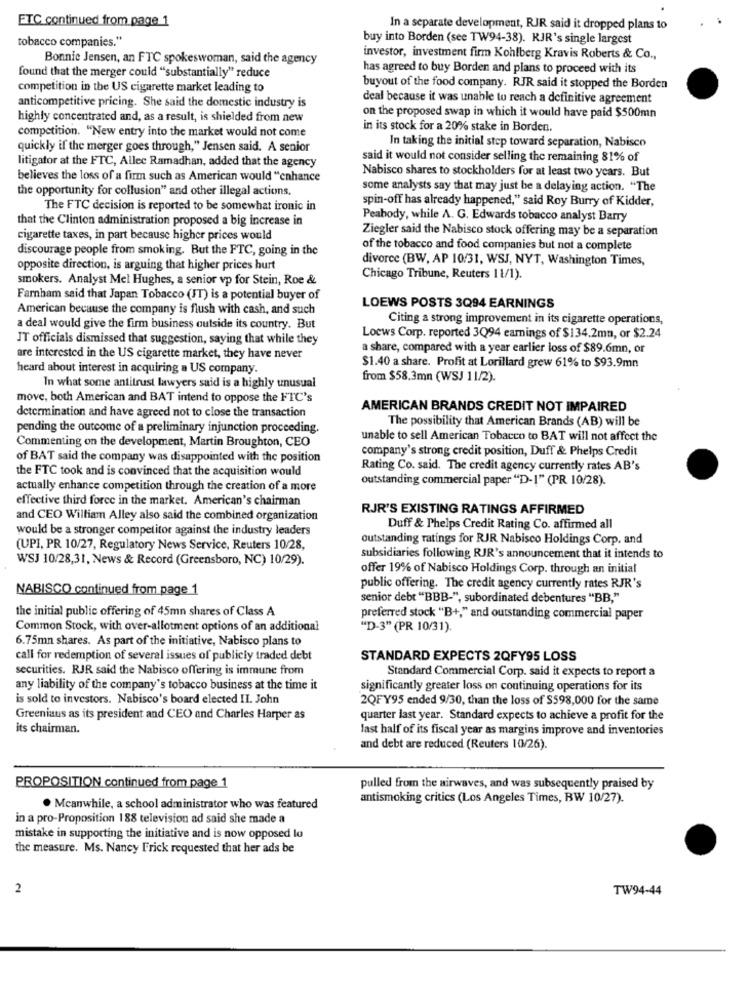
ETC continued from page 1
In a separate development, RJR said it dropped plans to
tobacco companies."
buy into Borden (see TW94-38). RJR's single largest
Bonnie Jensen, an FTC spokeswoman, said the agency
investor, investment firm Kohlberg Kravis Roberts & Co .,
found that the merger could "substantially" reduce
has agreed to buy Borden and plans to proceed with its
competition in the US cigarette market leading to
buyout of the food company. RJR said it stopped the Borden
anticompetitive pricing. She said the domestic industry is
deal because it was unable to reach a definitive agreement
highly concentrated and, as a result, is shielded from new
on the proposed swap in which it would have paid $500mn
competition. "New entry into the market would not come
in its stock for a 20% stake in Borden.
In taking the initial step toward separation, Nabisco
quickly if the merger goes through," Jensen said. A senior
litigator at the FTC, Allec Ramadhan, added that the agency
said it would not consider selling the remaining 81% of
Nabisco shares to stockholders for at least two years. But
believes the loss of a firm such as American would "enhance
the opportunity for collusion" and other illegal actions.
some analysts say that may just be a delaying action. "The
spin-off has already happened," said Roy Burry of Kidder,
The FTC decision is reported to be somewhat ironic in
that the Clinton administration proposed a big increase in
Peabody, while A. G. Edwards tobacco analyst Barry
Ziegler said the Nabisco stock offering may be a separation
cigarette taxes, in part because higher prices would
discourage people from smoking. But the FTC, going in the
of the tobacco and food companies but not a complete
divorce (BW, AP 10/31, WSJ, NYT, Washington Times,
opposite direction, is arguing that higher prices hurt
smokers. Analyst Mel Hughes, a senior vp for Stein, Roe &
Chicago Tribune, Reuters 11/1).
Farnham said that Japan Tobacco (IT) is a potential buyer of
American because the company is flush with cash, and such
LOEWS POSTS 3Q94 EARNINGS
Citing a strong improvement in its cigarette operations,
a deal would give the firm business outside its country. But
JT officials dismissed that suggestion, saying that while they
Loews Corp. reported 3Q94 earnings of $134.2mm, or $2.24
a share, compared with a year earlier loss of $89.6mn, or
are interested in the US cigarette market, they have never
heard about interest in acquiring a US company.
$1.40 a share. Profit at Lorillard grew 61% to $93.9mn
from $58.3mn (WSJ 11/2).
In what some antitrust lawyers said is a highly unusual
move, both American and BAT intend to oppose the FTC's
AMERICAN BRANDS CREDIT NOT IMPAIRED
determination and have agreed not to close the transaction
pending the outcome of a preliminary injunction proceeding.
The possibility that American Brands (AB) will be
Commenting on the development, Martin Broughton, CEO
unable to sell American Tobacco to BAT will not affect the
company's strong credit position, Duff & Phelps Credit
of BAT said the company was disappointed with the position
the FTC took and is convinced that the acquisition would
Rating Co. said. The credit agency currently rates AB's
outstanding commercial paper "D-I" (PR 10/28).
actually enhance competition through the creation of a more
effective third force in the market. American's chairman
RJR'S EXISTING RATINGS AFFIRMED
and CEO William Alley also said the combined organization
would be a stronger competitor against the industry leaders
Duff & Phelps Credit Rating Co. affirmed all
outstanding ratings for RJR Nabisco Holdings Corp, and
(UPI, PR 10/27, Regulatory News Service, Reuters 10/28,
WSJ 10/28,31, News & Record (Greensboro, NC) 10/29).
subsidiaries following RJR's announcement that it intends to
offer 19% of Nabisco Holdings Corp. through an initial
NABISCO continued from page 1
public offering. The credit agency currently rates RJR's
senior debt "BBB-", subordinated debentures "BB,"
the initial public offering of 45mn shares of Class A
preferred stock "B+," and outstanding commercial paper
Common Stock, with over-allotment options of an additional
"D-3" (PR 10/31).
6.75mn shares. As part of the initiative, Nabisco plans to
call for redemption of several issues of publicly traded debt
STANDARD EXPECTS 2QFY95 LOSS
securities. RJR said the Nabisco offering is immune from
Standard Commercial Corp. said it expects to report a
any liability of the company's tobacco business at the time it
significantly greater loss on continuing operations for its
is sold to investors. Nabisco's board elected II. John
2QFY95 ended 9/30, than the loss of $598,000 for the same
Greeniaus as its president and CEO and Charles Harper as
quarter last year. Standard expects to achieve a profit for the
its chairman.
last half of its fiscal year as margins improve and inventories
and debt are reduced (Reuters 10/26).
PROPOSITION continued from page 1
pulled from the airwaves, and was subsequently praised by
antismoking critics (Los Angeles Times, BW 10/27).
. Meanwhile, a school administrator who was featured
in a pro-Proposition 188 television ad said she made a
mistake in supporting the initiative and is now opposed lo
the measure. Ms. Nancy Frick requested that her ads be
2
TW94-44